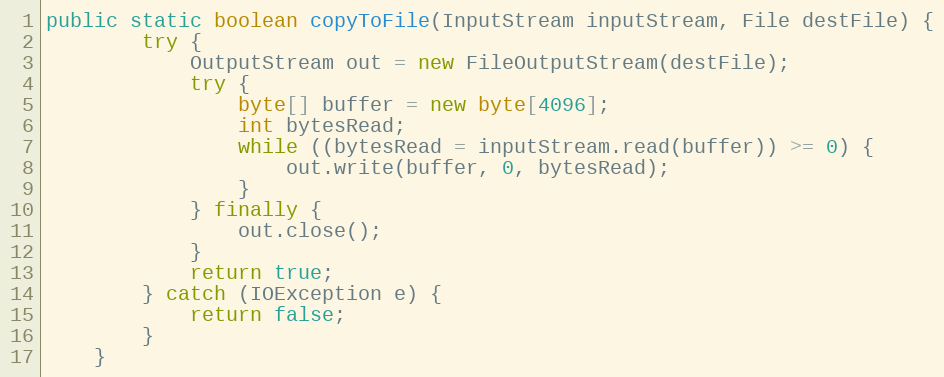
Language: Java
public static boolean copyToFile(InputStream inputStream, File destFile) {
        try {
            OutputStream out = new FileOutputStream(destFile);
            try {
                byte[] buffer = new byte[4096];
                int bytesRead;
                while ((bytesRead = inputStream.read(buffer)) >= 0) {
                    out.write(buffer, 0, bytesRead);
                }
            } finally {
                out.close();
            }
            return true;
        } catch (IOException e) {
            return false;
        }
    }